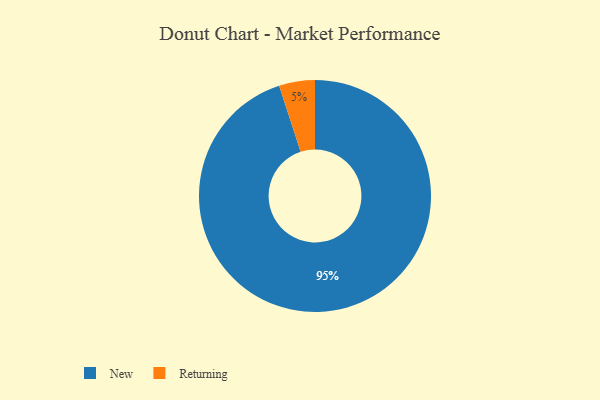
{"axis": {"x": "Category", "y": "Percentage"}, "legend": ["New", "Returning"], "data": [{"x": "Returning", "y": 5, "type": "Returning"}, {"x": "New", "y": 95, "type": "New"}]}